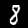
Digit: 8